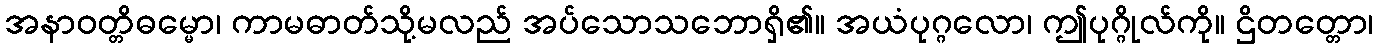
အနာဝတ္တိဓမ္မော၊ ကာမဓာတ်သို့မလည် အပ်သောသဘောရှိ၏။ အယံပုဂ္ဂလော၊ ဤပုဂ္ဂိုလ်ကို။ ဌိတတ္တော၊